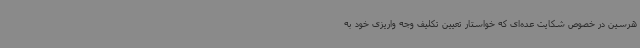
هرسین در خصوص شکایت عده‌ای که خواستار تعیین تکلیف وجه واریزی خود به